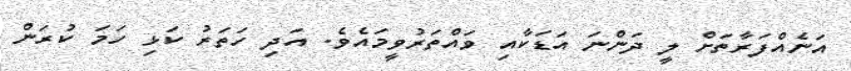
އަނެއްފަރާތަށް ލީ ދަންނަ އަޑަކާއި ވައްތަރުވީމައެވެ. އަދި ހަތަރު ކަޅި ހަމަ ކުރަން